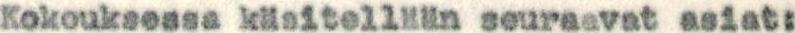
Kokouksessa käsitellään seuraavat asiat: